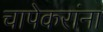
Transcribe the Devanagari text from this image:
चापेकरांना